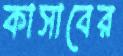
কাসাবের